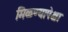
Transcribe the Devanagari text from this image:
मिळण्यापेक्षा